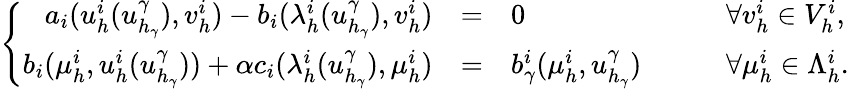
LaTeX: \left\{ \begin{array}{rcll}{a_{i}(u_{h}^{i}(u_{h_{\gamma}}^{\gamma}),v_{h}^{i})-b_{i}(\lambda_{h}^{i}(u_{h_{\gamma}}^{\gamma}),v_{h}^{i})}&{=}&{0}&{\qquad\forall v_{h}^{i}\in V_{h}^{i},}\\ {b_{i}(\mu_{h}^{i},u_{h}^{i}(u_{h_{\gamma}}^{\gamma}))+\alpha c_{i}(\lambda_{h}^{i}(u_{h_{\gamma}}^{\gamma}),\mu_{h}^{i})}&{=}&{b_{\gamma}^{i}(\mu_{h}^{i},u_{h_{\gamma}}^{\gamma})}&{\qquad\forall\mu_{h}^{i}\in\Lambda_{h}^{i}.}\end{array}\right.